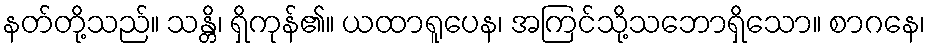
နတ်တို့သည်။ သန္တိ၊ ရှိကုန်၏။ ယထာရူပေန၊ အကြင်သို့သဘောရှိသော။ စာဂနေ၊